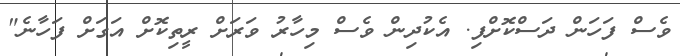
ވެސް ފަހަން ދަސްކޮށްފި. އެކުދިން ވެސް މިހާރު ވަރަށް ރީތިކޮށް އަގަށް ފަހާނެ"